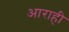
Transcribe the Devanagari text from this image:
आराही